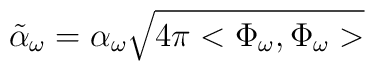
\tilde{\alpha}_\omega = \alpha_\omega \sqrt{4\pi<\Phi_\omega,\Phi_\omega>}